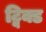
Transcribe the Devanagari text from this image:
ट्विक्ड